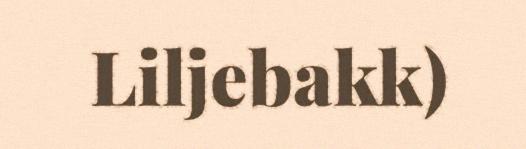
Liljebakk)